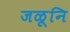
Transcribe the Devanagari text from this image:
जळूनि